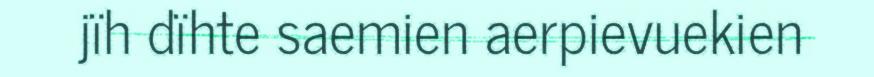
jïh dïhte saemien aerpievuekien